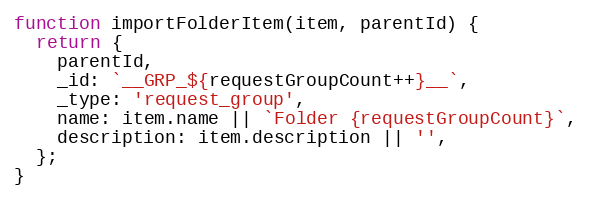
Language: JavaScript
function importFolderItem(item, parentId) {
  return {
    parentId,
    _id: `__GRP_${requestGroupCount++}__`,
    _type: 'request_group',
    name: item.name || `Folder {requestGroupCount}`,
    description: item.description || '',
  };
}